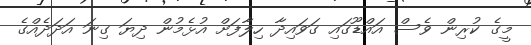
މީގެ ކުރިން ވެސް އައްޑޫގައި ގަވައިދާ ހިލާފަށް އުޅެމުން ދިޔަ ގިނަ އަދަދެއްގެ